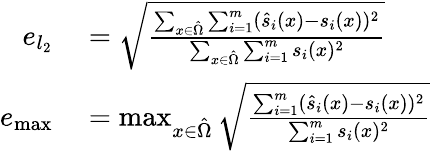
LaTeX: \begin{array}{rl}{e_{l_{2}}}&{{}=\sqrt{\frac{\sum_{x\in\hat{\Omega}}\sum_{i=1}^{m}(\hat{s}_{i}(x)-s_{i}(x))^{2}}{\sum_{x\in\hat{\Omega}}\sum_{i=1}^{m}s_{i}(x)^{2}}}}\\ {e_{\operatorname*{max}}}&{{}=\operatorname*{max}_{x\in\hat{\Omega}}\sqrt{\frac{\sum_{i=1}^{m}(\hat{s}_{i}(x)-s_{i}(x))^{2}}{\sum_{i=1}^{m}s_{i}(x)^{2}}}}\end{array}